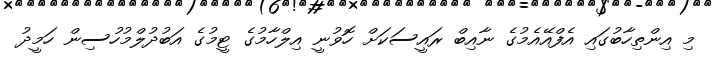
މި އިންތިހާބުގައި އެފްއޭއެމުގެ ނާއިބް ރައީސަކަށް ހޮވުނީ އިލްހާމުގެ ޓީމުގެ އަބުދުލްމުހުސިން ހަމީދު